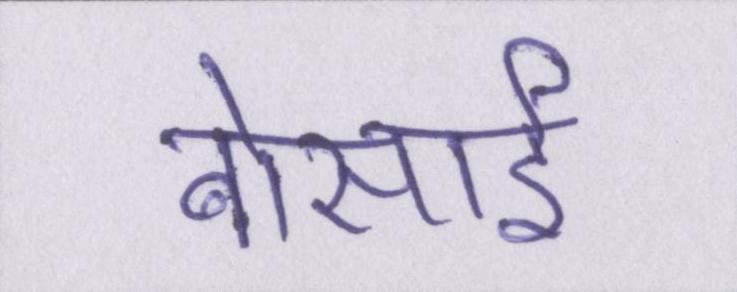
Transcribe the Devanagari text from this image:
बोंसाई